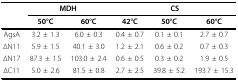
<table><thead><tr><td></td><td colspan="2"><b>MDH</b></td><td colspan="3"><b>CS</b></td></tr><tr><td></td><td><b>50°C</b></td><td><b>60°C</b></td><td><b>42°C</b></td><td><b>50°C</b></td><td><b>60°C</b></td></tr></thead><tbody><tr><td>AgsA</td><td>3.2 ± 1.3</td><td>6.0 ± 0.3</td><td>0.4 ± 0.7</td><td>0.1 ± 0.1</td><td>2.7 ± 0.7</td></tr><tr><td>ΔN11</td><td>5.9 ± 1.5</td><td>40.1 ± 3.0</td><td>1.2 ± 2.1</td><td>0.6 ± 0.2</td><td>0.7 ± 0.3</td></tr><tr><td>ΔN17</td><td>87.3 ± 1.5</td><td>103.0 ± 2.4</td><td>0.6 ± 0.5</td><td>0.3 ± 0.2</td><td>1.9 ± 0.5</td></tr><tr><td>ΔC11</td><td>5.0 ± 2.6</td><td>81.5 ± 0.8</td><td>2.7 ± 2.5</td><td>39.8 ± 5.2</td><td>193.7 ± 15.3</td></tr></tbody></table>